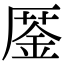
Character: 𠪜